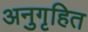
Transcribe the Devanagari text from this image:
अनुगृहित